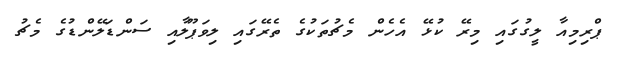
ޕްރިމިއާ ލީގުގައި މިރޭ ކުޅޭ އެހެން މެޗުތަކުގެ ތެރޭގައި ލިވަޕޫލާއި ސަންޑަލޭންޑުގެ މެޗު